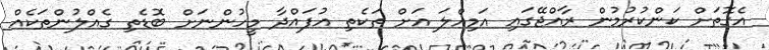
އެގޮތަށް ކަންކުރުމުން ރާއްޖޭގައި އަމިއްލަ އަށް ތަކެތި އުފައްދާ މީހުންނަށް ބޮޑެތި ގެއްލުންތަކެއް